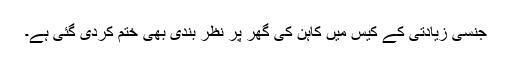
جنسی زیادتی کے کیس میں کاہن کی گھر پر نظر بندی بھی ختم کردی گئی ہے۔